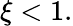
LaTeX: \xi<1.